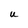
Character: U